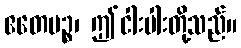
ဧတေပဉ္စ၊ ဤငါးပါးတို့သည်။